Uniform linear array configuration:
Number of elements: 8
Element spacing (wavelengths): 0.5
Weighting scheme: binomial
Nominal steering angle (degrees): -45
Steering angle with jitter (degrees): -46.159
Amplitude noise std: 0.05
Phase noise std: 0.05

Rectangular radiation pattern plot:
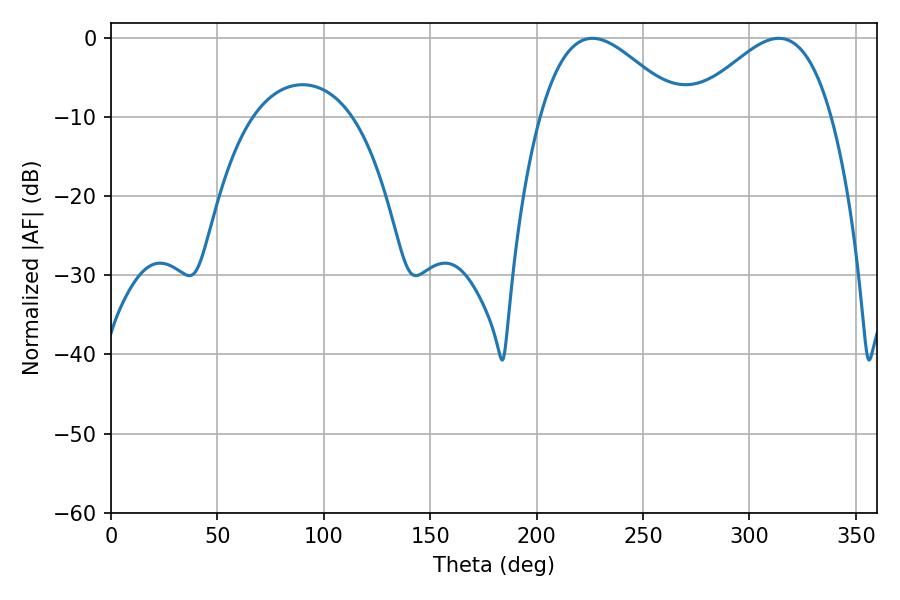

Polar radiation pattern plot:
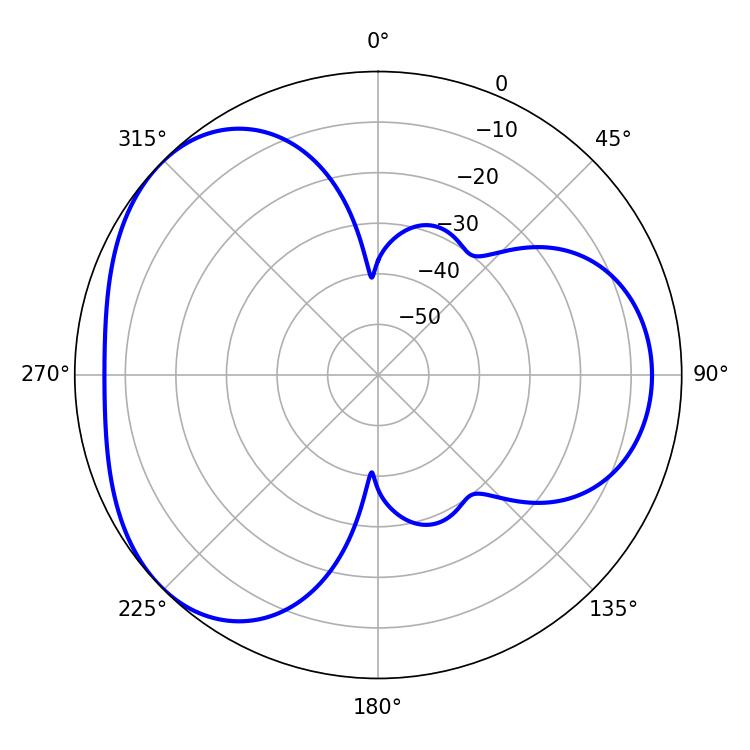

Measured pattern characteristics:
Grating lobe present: FALSE
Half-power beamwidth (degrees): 35.46
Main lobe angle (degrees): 226.26